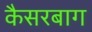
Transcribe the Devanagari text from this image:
कैसरबाग